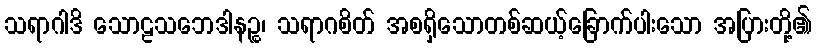
သရာဂါဒိ သောဠသဘေဒါနဉ္စ၊ သရာဂစိတ် အစရှိသောတစ်ဆယ့်ခြောက်ပါးသော အပြားတို့၏